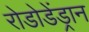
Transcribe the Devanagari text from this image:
रोडोडेंड्रान